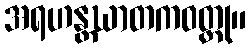
အရဟန္တဃာတကဝတ္ထု။